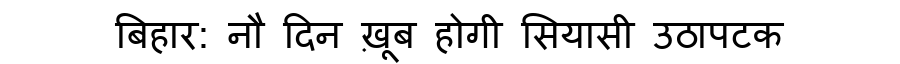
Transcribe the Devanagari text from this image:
बिहार: नौ दिन ख़ूब होगी सियासी उठापटक